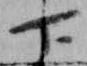
下